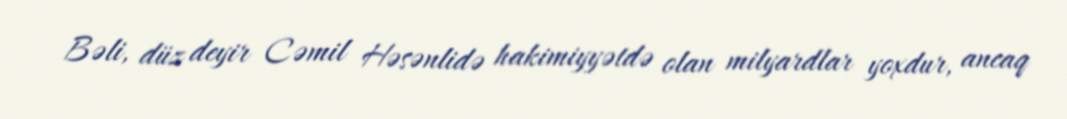
Bəli, düz deyir Cəmil Həsənlidə hakimiyyətdə olan milyardlar yoxdur, ancaq